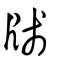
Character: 牋